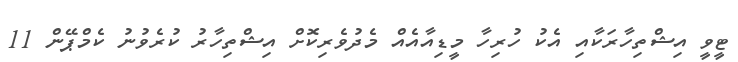
ޓީވީ އިޝްތިހާރަކާއި އެކު ހުރިހާ މީޑިއާއެއް މެދުވެރިކޮށް އިޝްތިހާރު ކުރެވުނު ކެމްޕޭން 11